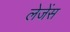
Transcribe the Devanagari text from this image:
लेजेंस